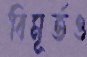
বিমূর্তও